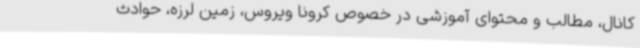
کانال، مطالب و محتوای آموزشی در خصوص کرونا ویروس، زمین لرزه، حوادث